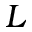
L